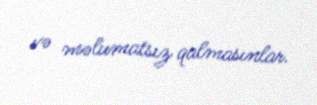
və məlumatsız qalmasınlar.